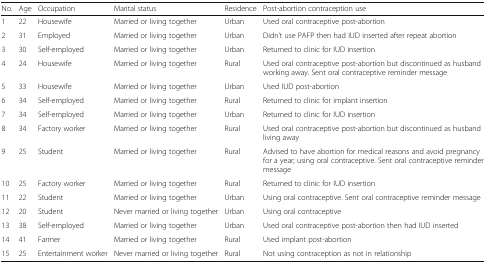
| No. | Age | Occupation | Marital status | Residence | Post-abortion contraception use |
 | --- | --- | --- | --- | --- | --- |
 | 1 | 22 | Housewife | Married or living together | Urban | Used oral contraceptive post-abortion |
 | 2 | 31 | Employed | Married or living together | Urban | Didn’t use PAFP then had IUD inserted after repeat abortion |
 | 3 | 30 | Self-employed | Married or living together | Urban | Returned to clinic for IUD insertion |
 | 4 | 24 | Housewife | Married or living together | Rural | Used oral contraceptive post-abortion but discontinued as husband working away. Sent oral contraceptive reminder message |
 | 5 | 33 | Housewife | Married or living together | Urban | Used IUD post-abortion |
 | 6 | 34 | Self-employed | Married or living together | Rural | Returned to clinic for implant insertion |
 | 7 | 34 | Self-employed | Married or living together | Urban | Returned to clinic for IUD insertion |
 | 8 | 34 | Factory worker | Married or living together | Rural | Used oral contraceptive post-abortion but discontinued as husband living away |
 | 9 | 25 | Student | Married or living together | Rural | Advised to have abortion for medical reasons and avoid pregnancy for a year; using oral contraceptive. Sent oral contraceptive reminder message |
 | 10 | 25 | Factory worker | Married or living together | Rural | Returned to clinic for IUD insertion |
 | 11 | 22 | Student | Married or living together | Urban | Using oral contraceptive. Sent oral contraceptive reminder message |
 | 12 | 20 | Student | Never married or living together | Urban | Using oral contraceptive |
 | 13 | 38 | Self-employed | Married or living together | Urban | Used oral contraceptive post-abortion then had IUD inserted |
 | 14 | 41 | Farmer | Married or living together | Rural | Used implant post-abortion |
 | 15 | 25 | Entertainment worker | Never married or living together | Rural | Not using contraception as not in relationship |